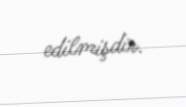
edilmişdir.